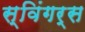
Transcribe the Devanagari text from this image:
स्विंगर्स